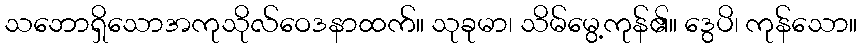
သဘောရှိသောအကုသိုလ်ဝေဒနာထက်။ သုခုမာ၊ သိမ်မွေ့ကုန်၏။ ဒွေပိ၊ ကုန်သော။